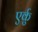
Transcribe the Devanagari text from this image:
एर्कु